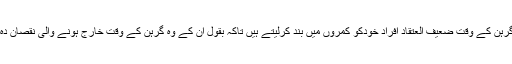
بعض معاشروں میں گرہن کے وقت ضعیف العتقاد افراد خودکو کمروں میں بند کرلیتے ہیں تاکہ بقول ان کے وہ گرہن کے وقت خارج ہونے والی نقصان دہ لہروں سے بچ سکیں۔